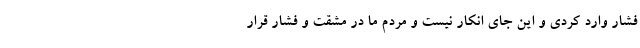
فشار وارد کردی و این جای انکار نیست و مردم ما در مشقت و فشار قرار